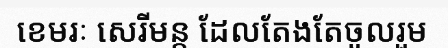
ខេមរៈ សេរីមន្ត ដែលតែងតែចូលរួម